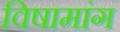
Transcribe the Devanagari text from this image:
विषामांग